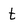
Character: t